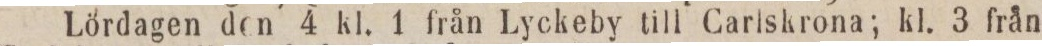
Lördagen den 4 kl. 1 från Lyckeby till Carlskrona; kl. 3 från